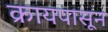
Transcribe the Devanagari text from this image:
क्रायपासून